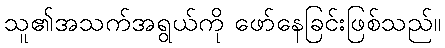
သူ၏အသက်အရွယ်ကို ဖော်နေခြင်းဖြစ်သည်။